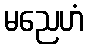
မညေဟံ